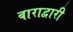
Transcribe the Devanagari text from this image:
बाराद्वारी